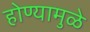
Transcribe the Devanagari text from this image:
होण्यामुळे